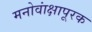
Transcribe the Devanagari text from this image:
मनोवांक्षापूरक